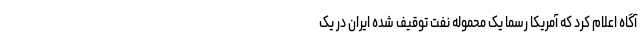
آگاه اعلام کرد که آمریکا رسما یک محموله نفت توقیف شده ایران در یک